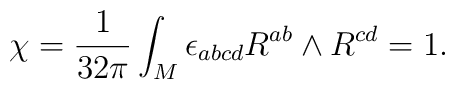
\chi = \frac{1}{32\pi}\int_M \epsilon_{abcd}R^{ab} \land R^{cd} = 1.